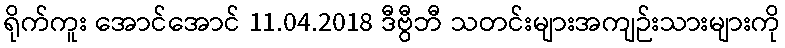
ရိုက်ကူး အောင်အောင် 11.04.2018 ဒီဗွီဘီ သတင်းများအကျဉ်းသားများကို